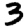
Digit: 3